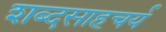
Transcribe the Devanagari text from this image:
शब्दसाहचर्य